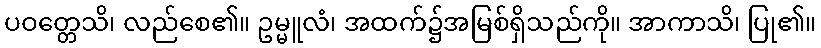
ပဝတ္တေသိ၊ လည်စေ၏။ ဥမ္မူလံ၊ အထက်၌အမြစ်ရှိသည်ကို။ အာကာသိ၊ ပြု၏။